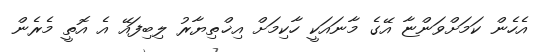
އެހެން ކަމަށްވަންޏާ އޭގެ މާނައަކީ ހާކިމަށް އިޚްތިޔާރު ލިބިފައޭ އެ އޮތީ މެރެން